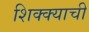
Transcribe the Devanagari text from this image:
शिक्क्याची